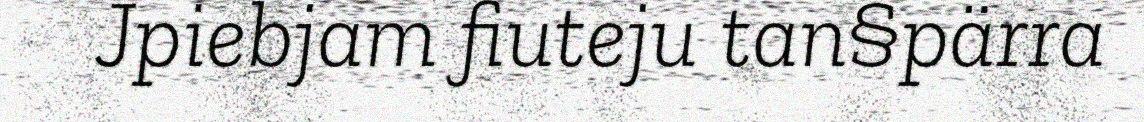
Jpiebjam fiuteju tan§pärra